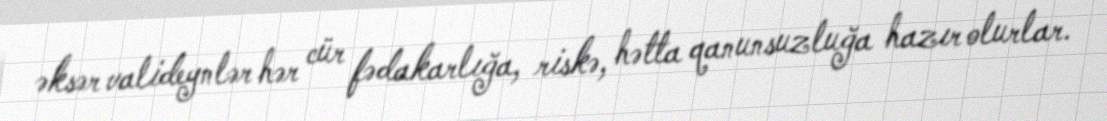
əksər valideynlər hər cür fədakarlığa, riskə, hətta qanunsuzluğa hazır olurlar.